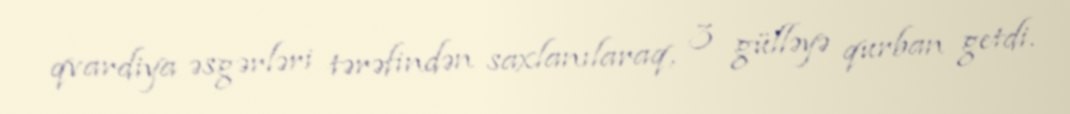
qvardiya əsgərləri tərəfindən saxlanılaraq, 3 gülləyə qurban getdi.